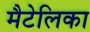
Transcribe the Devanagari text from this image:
मैटेलिका